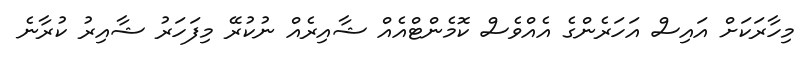
މިހާރަކަށް އައިސް އަހަރެންގެ އެއްވެސް ކޮމެންޓްއެއް ޝާއިރެއް ނުކުރޭ މިފަހަރު ޝާއިރު ކުރާނެ